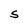
Character: S